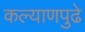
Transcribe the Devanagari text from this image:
कल्याणपुढे